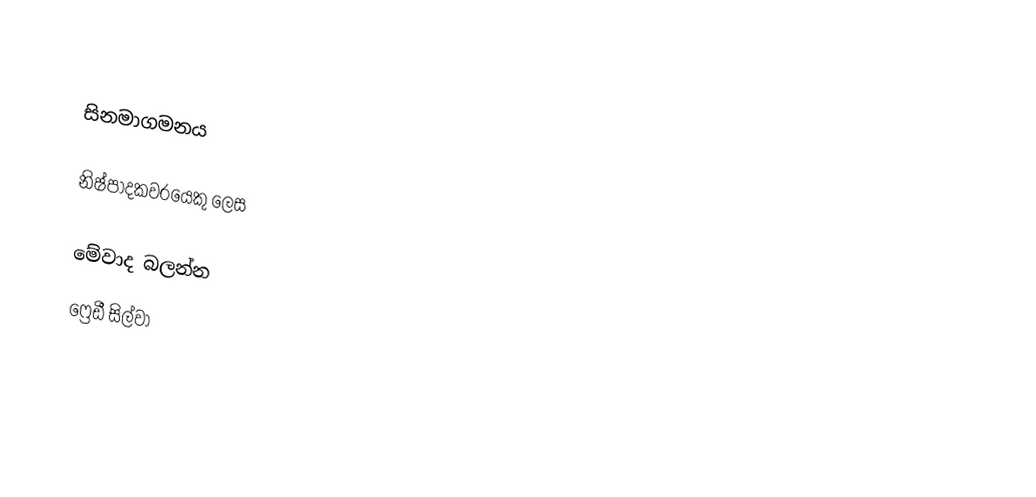

සිනමාගමනය

නිෂ්පාදකවරයෙකු ලෙස

මේවාද බලන්න
ෆ්‍රෙඩී සිල්වා